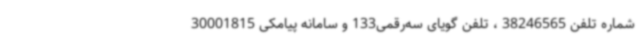
شماره تلفن 38246565 ، تلفن گویای سه‌رقمی133 و سامانه پیامکی 30001815